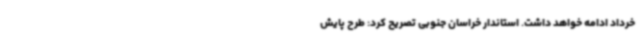
خرداد ادامه خواهد داشت. استاندار خراسان جنوبی تصریح کرد: طرح پایش